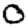
Digit: 0